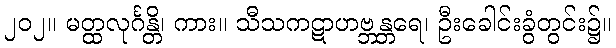
၂၀၂။ မတ္ထလုင်္ဂန္တိ၊ ကား။ သီသကဋာဟဗ္ဘန္တရေ၊ ဦးခေါင်းခွံတွင်း၌။